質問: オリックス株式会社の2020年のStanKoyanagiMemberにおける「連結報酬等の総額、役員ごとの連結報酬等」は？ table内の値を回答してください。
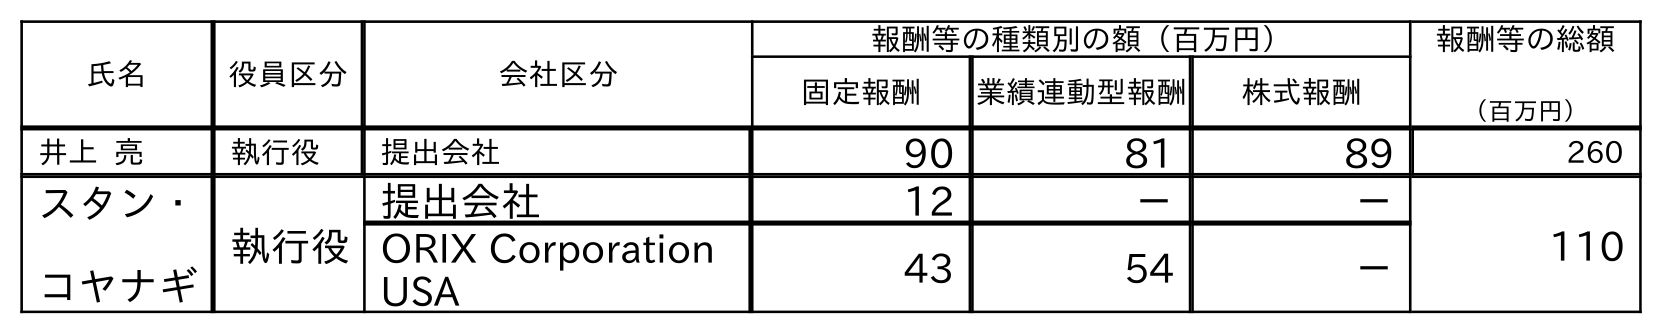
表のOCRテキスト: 氏名 役員区分 会社区分 報酬等の種類別の額（百万円） 報酬等の総額 （百万円） 固定報酬 業績連動型報酬 株式報酬 井上 亮 執行役 提出会社 90 81 89 260 スタン・ コヤナギ 執行役 提出会社 12 － － 110 ORIX Corporation USA 43 54 －
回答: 110